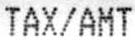
TAX/AMT